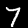
Digit: 7